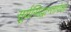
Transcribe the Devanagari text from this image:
सूर्यसिद्धान्तापेक्षा